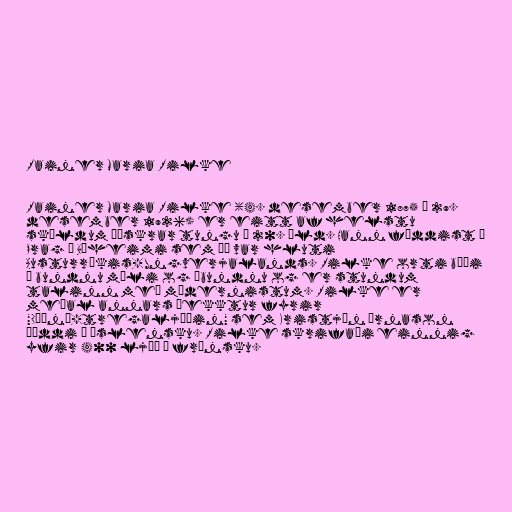
Rainer Maria Rilke

Rainer Maria Rilke (4. desember 1875 – 29.
desember 1926) er eitt af helstu
skáldum þýskrar tungu á 20. öld. Hann fæddist í
Prag í Bæheimi sem þá var hluti
Austurríkis-Ungverjalands. Rilke orti bæði
á bundnu máli og óbundnu og er stundum
talinn með módernistum. Rilke er
meðal annars þekktur fyrir
"Dúínó-tregaljóðin" sem Kristján Árnason
þýddi á íslensku. Rilke skrifaði einnig
yfir 400 ljóð á frönsku.